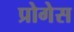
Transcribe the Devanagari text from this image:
प्रोगेस